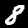
Digit: 8